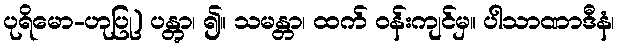
ပုရိမော-ဟုပြု) ပန္တွာ၊ ၍။ သမန္တာ၊ ထက် ဝန်းကျင်မှ။ ပါသာဏာဒီနံ၊